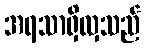
အရသာရှိလှသည်